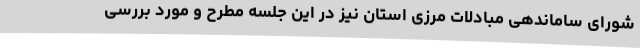
شورای ساماندهی مبادلات مرزی استان نیز در این جلسه مطرح و مورد بررسی